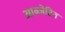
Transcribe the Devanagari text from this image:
आब्जेटिव